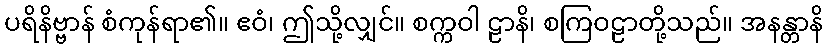
ပရိနိဗ္ဗာန် စံကုန်ရာ၏။ ဧဝံ၊ ဤသို့လျှင်။ စက္ကဝါ ဠာနိ၊ စကြဝဠာတို့သည်။ အနန္တာနိ